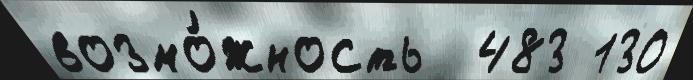
возмо́жность  483 130